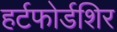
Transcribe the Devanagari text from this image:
हर्टफोर्डशिर